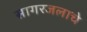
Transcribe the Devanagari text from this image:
सागरजलाचे